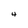
Character: 4